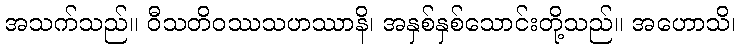
အသက်သည်။ ဝီသတိဝဿသဟဿာနိ၊ အနှစ်နှစ်သောင်းတို့သည်။ အဟောသိ၊